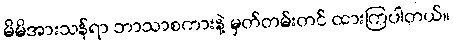
မိမိအားသန်ရာ ဘာသာစကားနဲ့ မှတ်တမ်းတင် ထားကြပါတယ်။